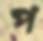
প